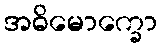
အဓိမောက္ခော